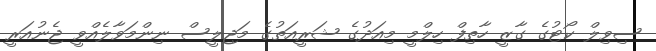
ސިވިލް ކޯޓުގެ ގާޒީ ހާތިފް ހިލްމީ މިއަދުގެ ޝަރީއަތުގެ މަޖިލީސް ނިންމަވާލެއްވީ ޖެނުއަރީ